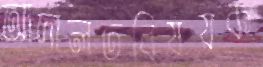
আদালতবিষয়ক